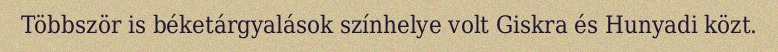
Többször is béketárgyalások színhelye volt Giskra és Hunyadi közt.